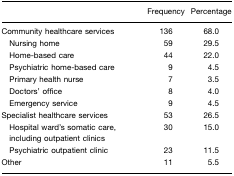
|  | Frequency | Percentage |
 | --- | --- | --- |
 | Community healthcare services | 136 | 68.0 |
 | Nursing home | 59 | 29.5 |
 | Home-based care | 44 | 22.0 |
 | Psychiatric home-based care | 9 | 4.5 |
 | Primary health nurse | 7 | 3.5 |
 | Doctors’ office | 8 | 4.0 |
 | Emergency service | 9 | 4.5 |
 | Specialist healthcare services | 53 | 26.5 |
 | Hospital ward's somatic care, including outpatient clinics | 30 | 15.0 |
 | Psychiatric outpatient clinic | 23 | 11.5 |
 | Other | 11 | 5.5 |